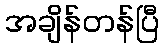
အချိန်တန်ပြီ